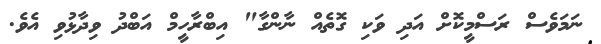
ނަމަވެސް ރަސްމީކޮށް އަދި ވަކި ގޮތެއް ނާންގާ" އިބްރާހީމް އަބްދު ވިދާޅުވި އެވެ.